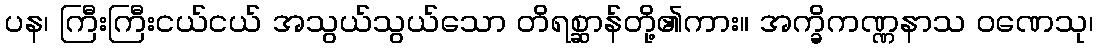
ပန၊ ကြီးကြီးငယ်ငယ် အသွယ်သွယ်သော တိရစ္ဆာန်တို့၏ကား။ အက္ခိကဏ္ဏနာသ ဝဏေသု၊